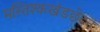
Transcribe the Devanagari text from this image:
मस्तिश्कखंडछेदन